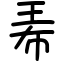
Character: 𤤰